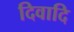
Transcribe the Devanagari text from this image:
दिवादि